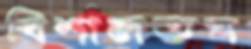
বিশালতম